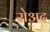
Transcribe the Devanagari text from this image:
रोअद